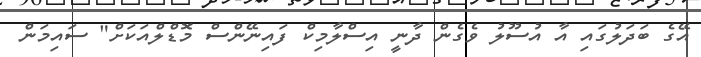
އޭގެ ބަދަލުގައި އާ އުސޫލު ވެގެން ދާނީ އިސްލާމިކް ފައިނޭންސް މޮޑްލްއަކަށް" ސައިމަން